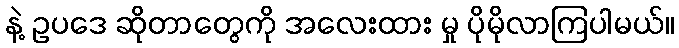
နဲ့ ဥပဒေ ဆိုတာတွေကို အလေးထား မှု ပိုမိုလာကြပါမယ်။